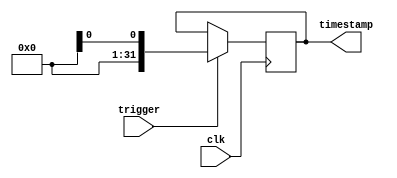
module timestamping_timer (  
  input wire clk, // synchronized clock signal  
  input wire trigger, // input trigger signal  
  output reg [31:0] timestamp // register to store timestamp
);

always @(posedge clk) begin
  if (trigger) begin
    timestamp <= $time; // capture current system time
  end
end

endmodule